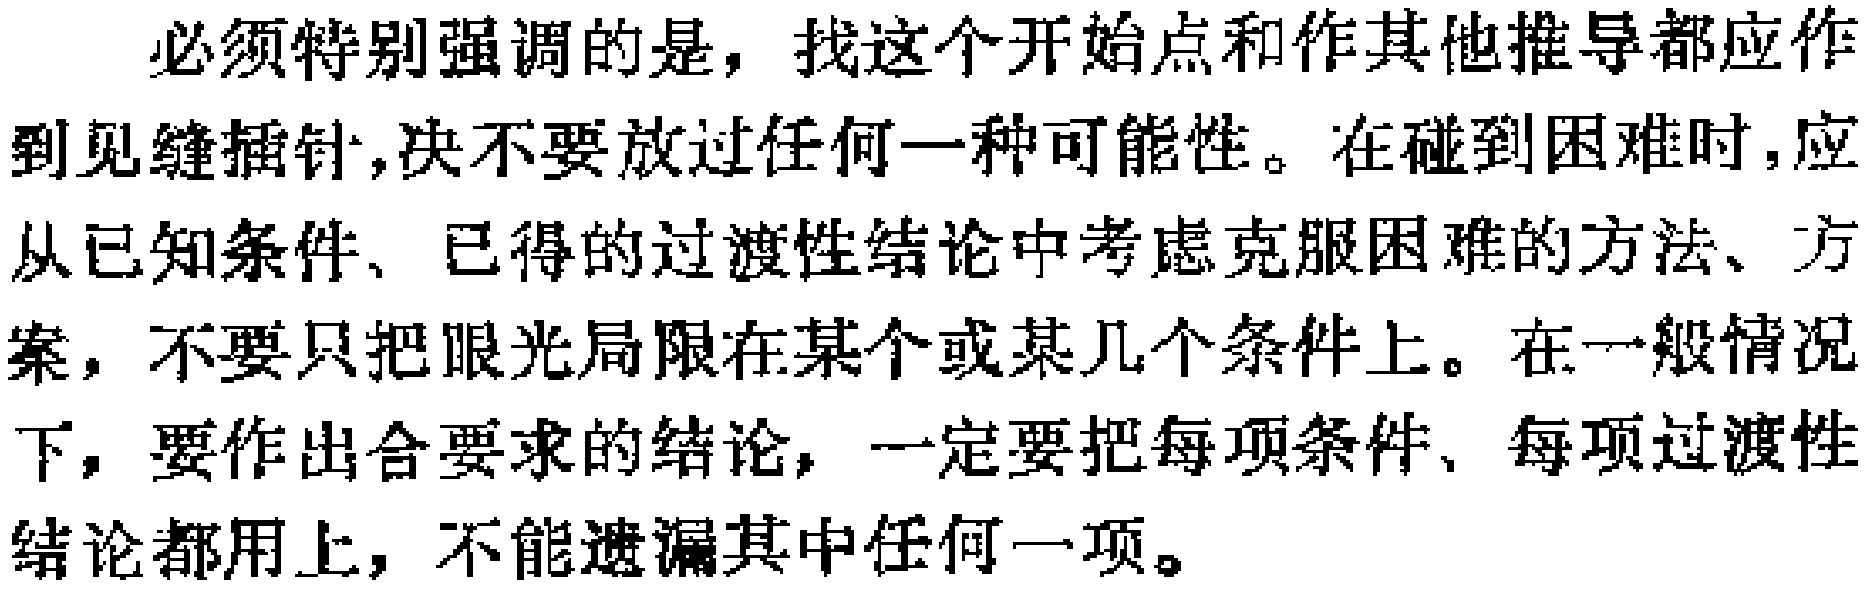
必须特别强调的是，找这个开始点和作其他推导都应作到见缝插针,决不要放过任何一种可能性。在碰到困难时,应从已知条件、已得的过渡性结论中考虑克服困难的方法、方案，不要只把眼光局限在某个或某几个条件上。在一般情况下，要作出合要求的结论，一定要把每项条件、每项过渡性结论都用上，不能遗漏其中任何一项。